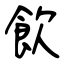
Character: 飲